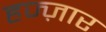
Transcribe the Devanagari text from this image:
हज्ज़ार